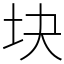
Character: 块